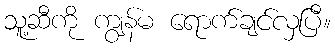
သူ့ဆီကို ကျွန်မ ရောက်ချင်လှပြီ။